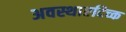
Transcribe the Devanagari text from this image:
अवस्थाएदिच्क